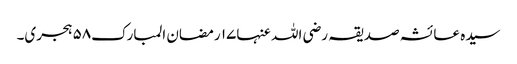
سیدہ عائشہ صدیقہ رضی اللہ عنہا١٧ رمضان المبارک٥٨ ہجری۔